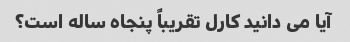
آیا می دانید کارل تقریباً پنجاه ساله است؟